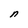
Character: n